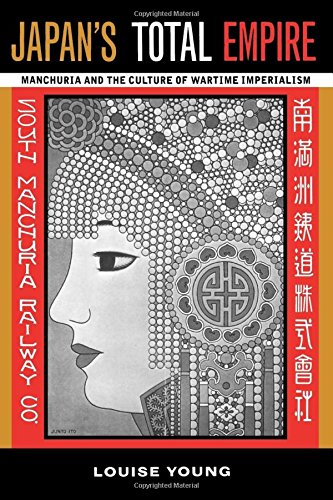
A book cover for Japan's Total Empire: Manchuria and the Culture of Wartime Imperialism (Twentieth Century Japan: The Emergence of a World Power); Louise Young; History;